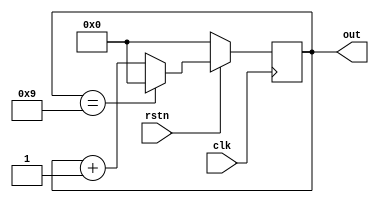
module mod_n_counter 
  # (parameter N = 10,  
     parameter WIDTH = 4)  
  
  ( input   clk,  
    input   rstn,  
    output  reg[WIDTH-1:0] out);  
  
  always @ (posedge clk) begin  
    if (!rstn) begin  
      out <= 0;  
    end else begin  
      if (out == N-1)  
        out <= 0;  
      else  
        out <= out + 1;  
    end  
  end  
endmodule